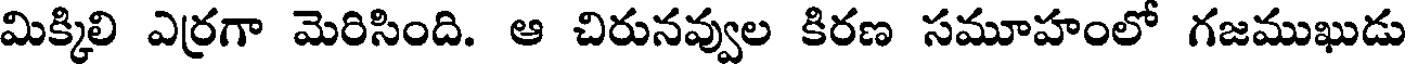
మిక్కిలి ఎర్రగా మెరిసింది. ఆ చిరునవ్వుల కిరణ సమూహంలో గజముఖుడు